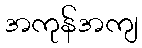
အကုန်အကျ